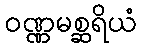
ဝဏ္ဏမစ္ဆရိယံ